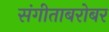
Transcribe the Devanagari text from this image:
संगीताबरोबर